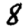
Digit: 8